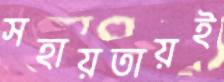
সহায়তায়ই